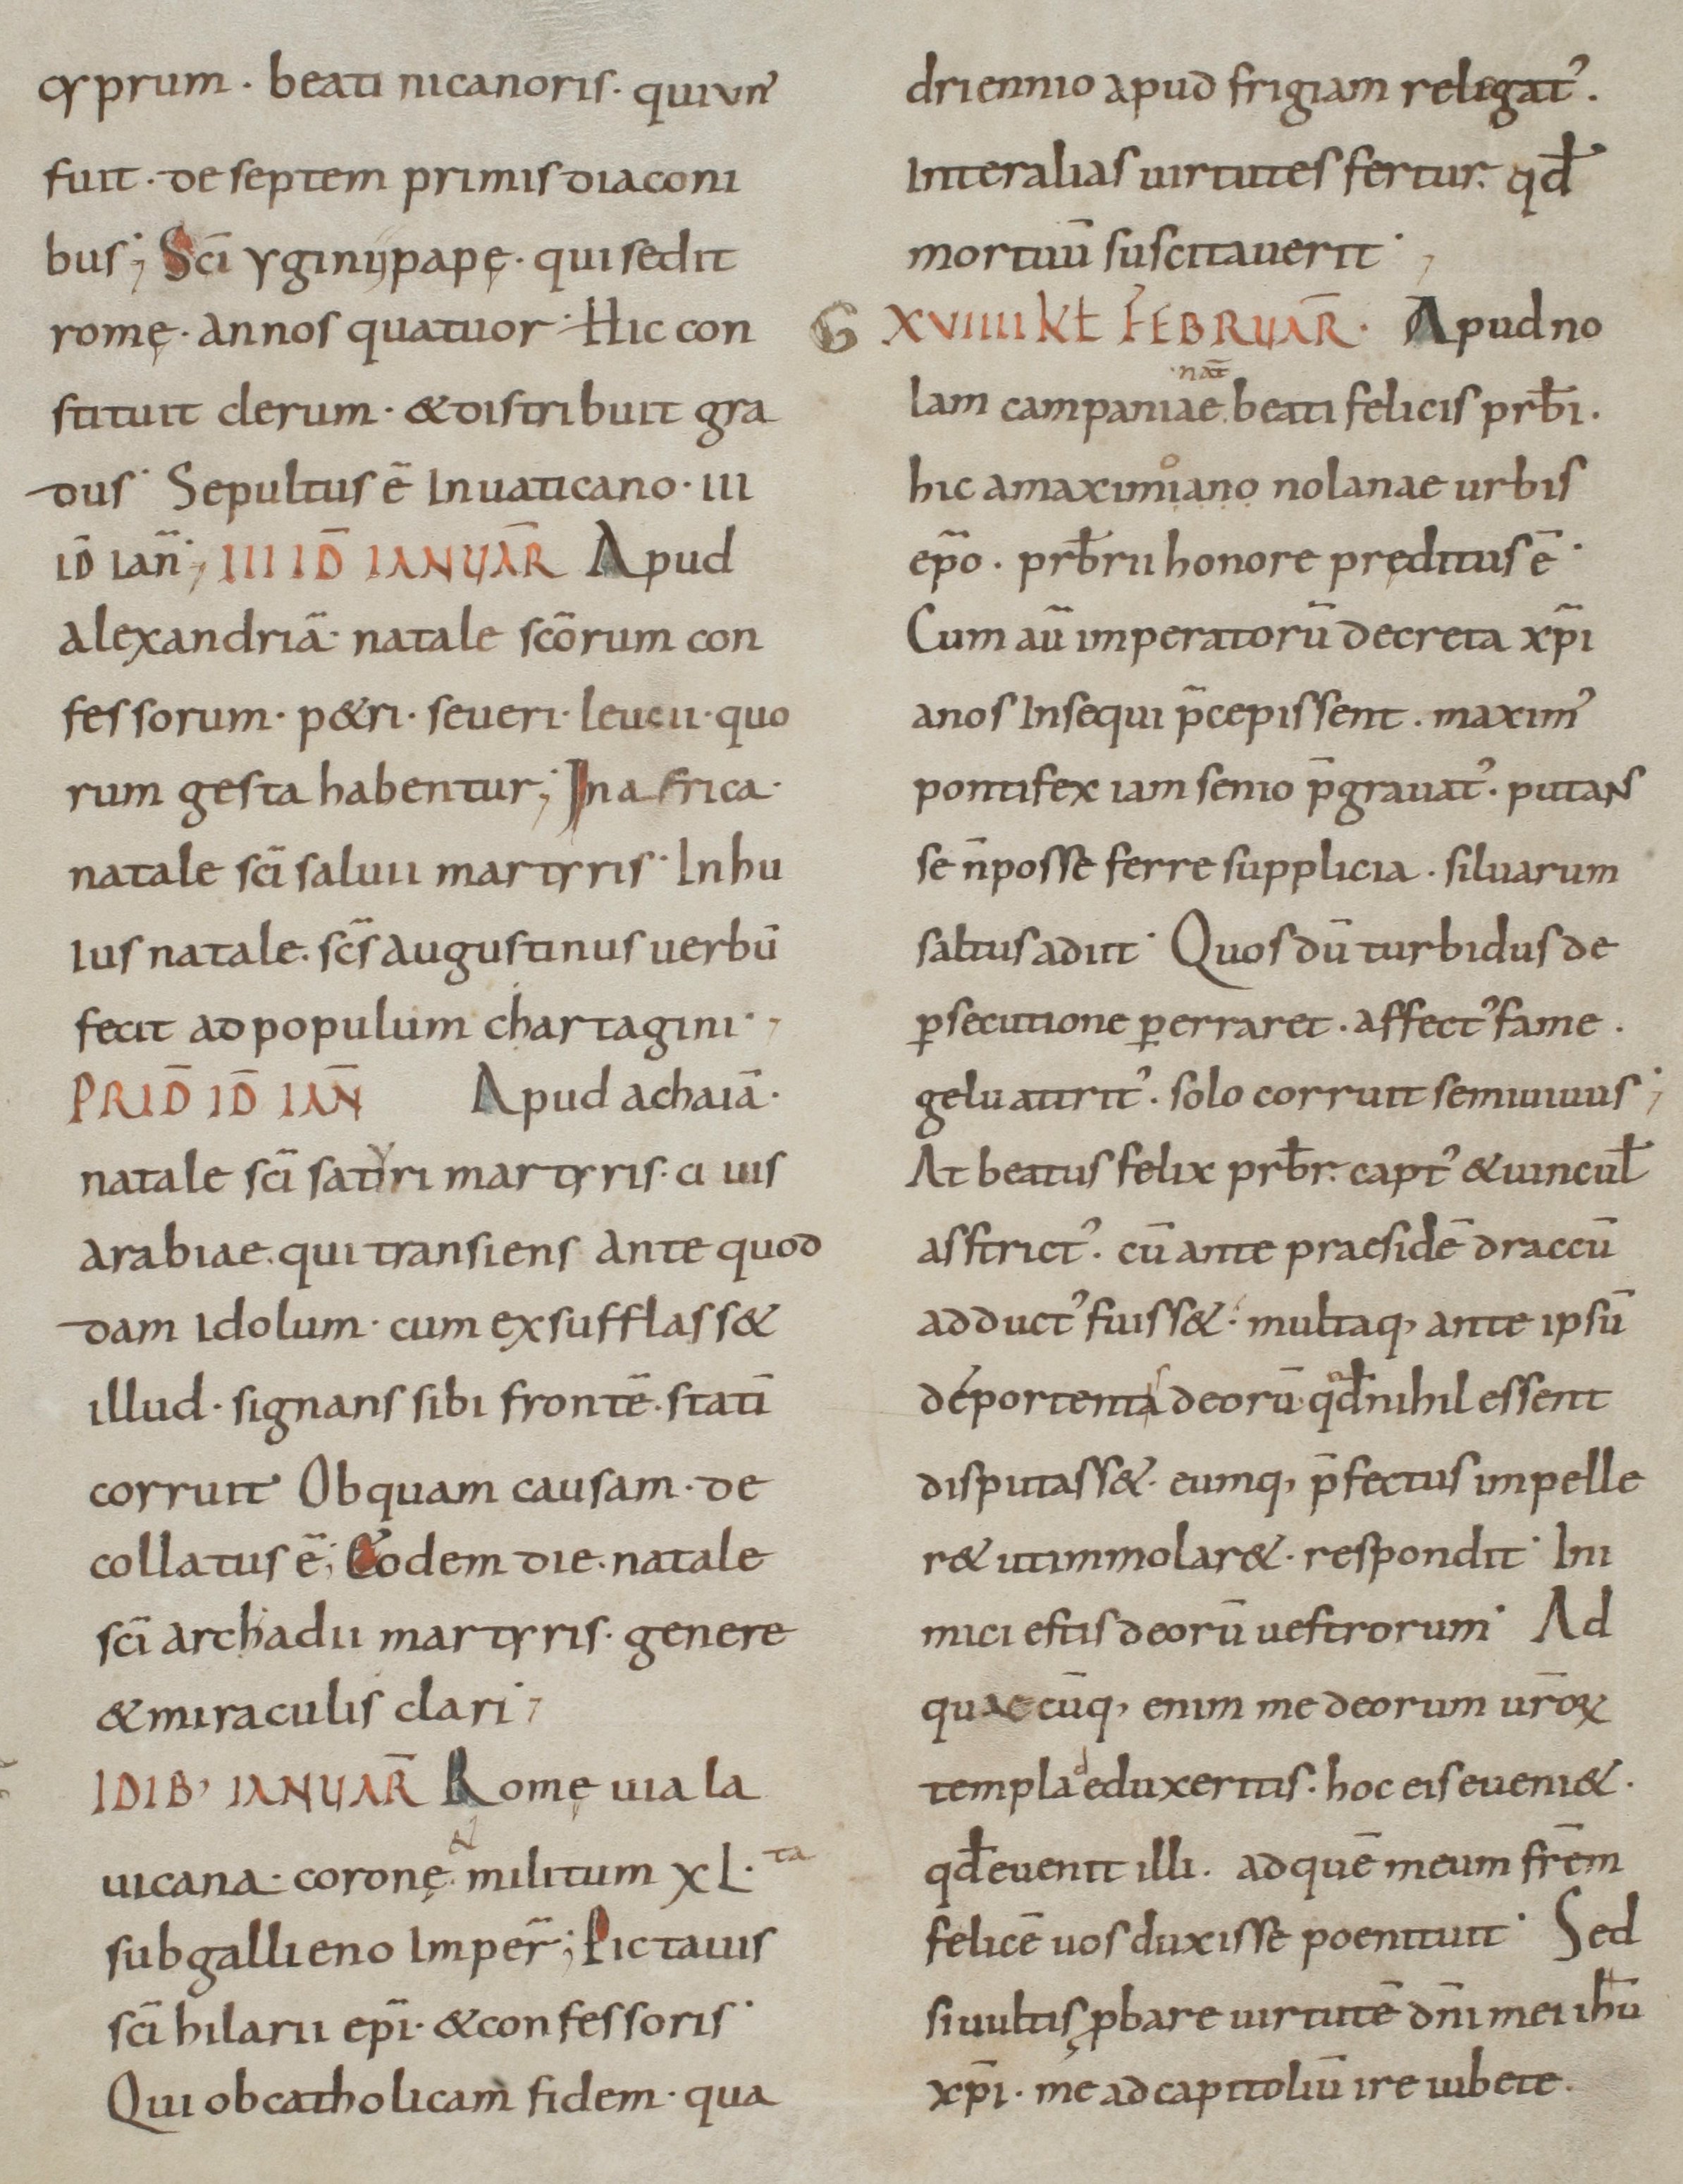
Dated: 800–949